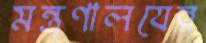
মন্ত্রণালযের